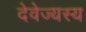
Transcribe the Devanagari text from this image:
देवेज्यस्य